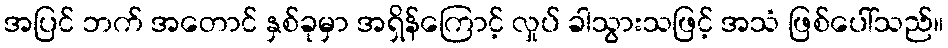
အပြင် ဘက် အတောင် နှစ်ခုမှာ အရှိန်ကြောင့် လှုပ် ခါသွားသဖြင့် အသံ ဖြစ်ပေါ်သည်။